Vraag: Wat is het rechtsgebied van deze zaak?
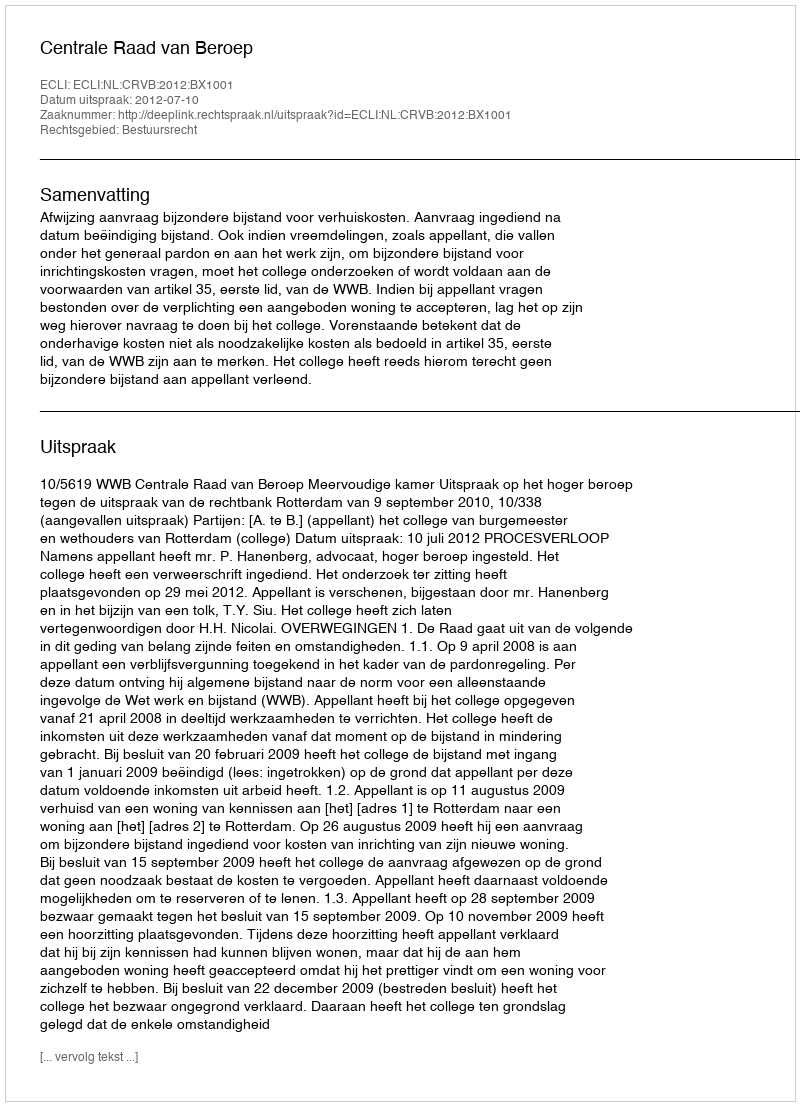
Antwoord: Bestuursrecht